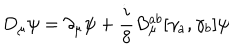
LaTeX: D _ { \mu } \psi = \partial _ { \mu } \psi + \frac { i } { 8 } B _ { \mu } ^ { a b } [ \gamma _ { a } , \gamma _ { b } ] \psi